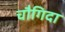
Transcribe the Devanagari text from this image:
चौगिदा